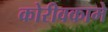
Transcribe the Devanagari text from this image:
कोरीवकामे